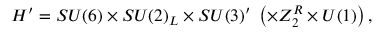
H ^ { \prime } = S U ( 6 ) \times S U ( 2 ) _ { L } \times S U ( 3 ) ^ { \prime } \; \left( \times Z _ { 2 } ^ { R } \times U ( 1 ) \right) ,